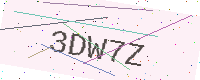
Text: 3DW7Z